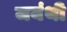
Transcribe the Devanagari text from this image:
जयंथी